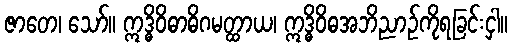
ဇာတေ၊ သော်။ ဣဒ္ဓိဝိဓာဓိဂမတ္ထာယ၊ ဣဒ္ဓိဝိဓအဘိညာဉ်ကိုရခြင်းငှါ။